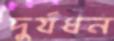
দুর্যধন